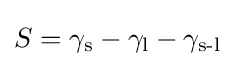
S=\gamma _{\text{s}}-\gamma _{\text{l}}-\gamma _{\text{s-l}}